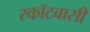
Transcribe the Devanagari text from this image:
स्कॉटवासी